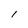
Character: l